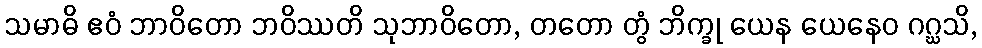
သမာဓိ ဧဝံ ဘာဝိတော ဘဝိဿတိ သုဘာဝိတော, တတော တွံ ဘိက္ခု ယေန ယေနေဝ ဂဂ္ဃသိ,